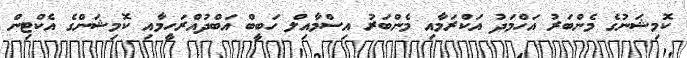
ކޮމިޝަނުގެ މެންބަރު އަހްމަދު އަކްރަމާއި މެންބަރު އިސްމާއިލް ހަބީބް އަބްދުއްރަހީމާއި ކޮމިޝަންގެ އެކްޓިން